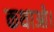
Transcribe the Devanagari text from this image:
कथाओ।